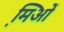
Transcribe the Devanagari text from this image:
मि़ओं